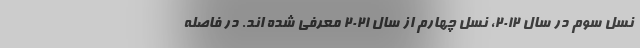
نسل سوم در سال 2012، نسل چهارم از سال 2021 معرفی شده اند. در فاصله